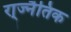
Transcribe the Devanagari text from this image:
रा्ज्नैतिक